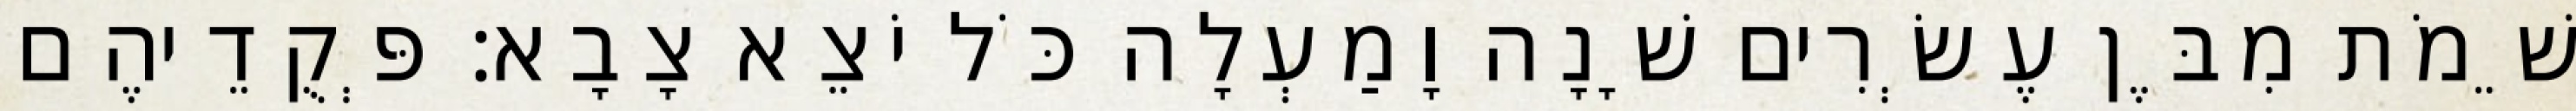
שֵׁמֹת מִבֶּן עֶשְׂרִים שָׁנָה וָמַעְלָה כֹּל יֹצֵא צָבָא׃ פְּקֻדֵיהֶם